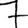
Digit: 7